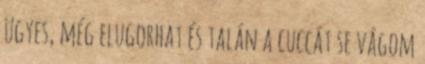
ügyes, még elugorhat és talán a cuccát se vágom